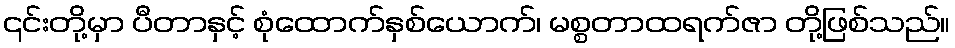
၎င်းတို့မှာ ပီတာနှင့် စုံထောက်နှစ်ယောက်၊ မစ္စတာထရက်ဇာ တို့ဖြစ်သည်။